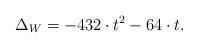
LaTeX: \begin{align*}\Delta_{W}=-432\cdot{}t^2 - 64\cdot{t}.\end{align*}